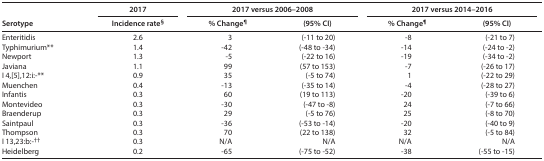
<table><thead><tr><td rowspan="2"><b>Serotype</b></td><td><b>2017</b></td><td colspan="2"><b>2017 versus 2006–2008</b></td><td colspan="2"><b>2017 versus 2014–2016</b></td></tr><tr><td><b>Incidence rate<sup>§</sup></b></td><td><b>% Change<sup>¶</sup></b></td><td><b>(95% CI)</b></td><td><b>% Change<sup>¶</sup></b></td><td><b>(95% CI)</b></td></tr></thead><tbody><tr><td>Enteritidis</td><td>2.6</td><td>3</td><td>(-11 to 20)</td><td>-8</td><td>(-21 to 7)</td></tr><tr><td>Typhimurium**</td><td>1.4</td><td>-42</td><td>(-48 to -34)</td><td>-14</td><td>(-24 to -2)</td></tr><tr><td>Newport</td><td>1.3</td><td>-5</td><td>(-22 to 16)</td><td>-19</td><td>(-34 to -2)</td></tr><tr><td>Javiana</td><td>1.1</td><td>99</td><td>(57 to 153)</td><td>-7</td><td>(-26 to 17)</td></tr><tr><td>I 4,[5],12:i:-**</td><td>0.9</td><td>35</td><td>(-5 to 74)</td><td>1</td><td>(-22 to 29)</td></tr><tr><td>Muenchen</td><td>0.4</td><td>-13</td><td>(-35 to 14)</td><td>-4</td><td>(-28 to 27)</td></tr><tr><td>Infantis</td><td>0.3</td><td>60</td><td>(19 to 113)</td><td>-20</td><td>(-39 to 6)</td></tr><tr><td>Montevideo</td><td>0.3</td><td>-30</td><td>(-47 to -8)</td><td>24</td><td>(-7 to 66)</td></tr><tr><td>Braenderup</td><td>0.3</td><td>29</td><td>(-5 to 76)</td><td>25</td><td>(-8 to 70)</td></tr><tr><td>Saintpaul</td><td>0.3</td><td>-36</td><td>(-53 to -14)</td><td>-20</td><td>(-40 to 9)</td></tr><tr><td>Thompson</td><td>0.3</td><td>70</td><td>(22 to 138)</td><td>32</td><td>(-5 to 84)</td></tr><tr><td>I 13,23:b:- <sup>††</sup></td><td>0.3</td><td>N/A</td><td>N/A</td><td>N/A</td><td>N/A</td></tr><tr><td>Heidelberg</td><td>0.2</td><td>-65</td><td>(-75 to -52)</td><td>-38</td><td>(-55 to -15)</td></tr></tbody></table>